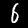
Digit: 6